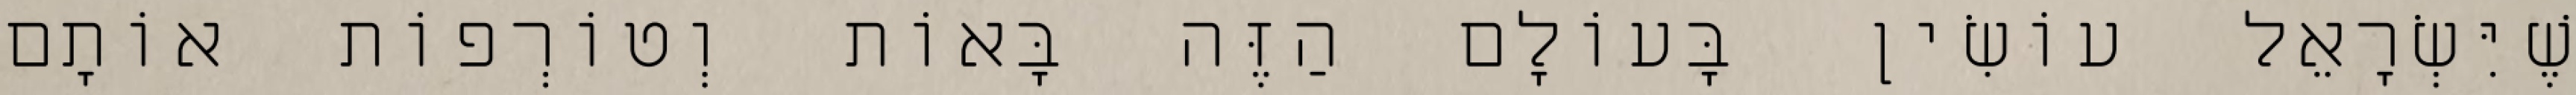
שֶׁיִּשְׂרָאֵל עוֹשִׂין בָּעוֹלָם הַזֶּה בָּאוֹת וְטוֹרְפוֹת אוֹתָם